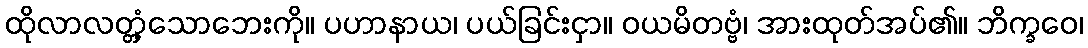
ထိုလာလတ္တံ့သောဘေးကို။ ပဟာနာယ၊ ပယ်ခြင်းငှာ။ ဝယမိတဗ္ဗံ၊ အားထုတ်အပ်၏။ ဘိက္ခဝေ၊